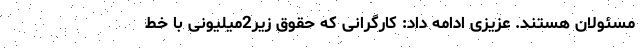
مسئولان هستند. عزیزی ادامه داد: کارگرانی که حقوق زیر2میلیونی با خط